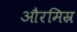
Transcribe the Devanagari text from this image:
औरमिस्र